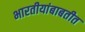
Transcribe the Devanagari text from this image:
भारतीयांबाबतीत